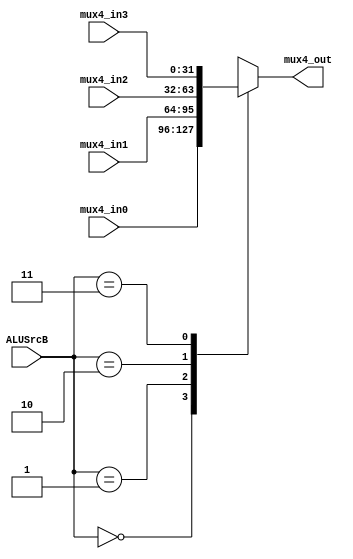
`timescale 1ns / 1ps
//////////////////////////////////////////////////////////////////////////////////
// Company: 
// Engineer: 
// 
// Design Name: 
// Module Name: Mux4
// Project Name: 
// Target Devices: 
// Tool Versions: 
// Description: 
// 
// Dependencies: 
// 
// Revision:
// Revision 0.01 - File Created
// Additional Comments:
// 
//////////////////////////////////////////////////////////////////////////////////


module Mux4(
    input [31:0]mux4_in0,mux4_in1,mux4_in2,mux4_in3,
    output reg [31:0]mux4_out,
    input [1:0]ALUSrcB
    );
    always@(*)
    case(ALUSrcB)
        2'b00:mux4_out = mux4_in0;
        2'b01:mux4_out = mux4_in1;
        2'b10:mux4_out = mux4_in2;
        2'b11:mux4_out = mux4_in3;
    endcase
endmodule